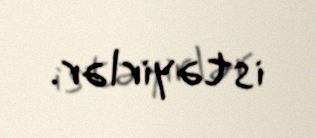
istəyirlər.